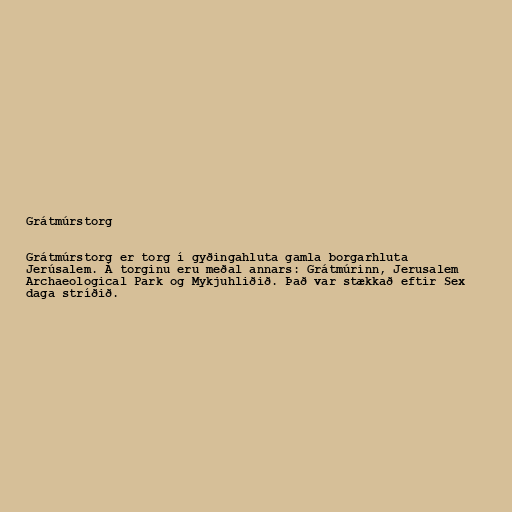
Grátmúrstorg

Grátmúrstorg er torg í gyðingahluta gamla borgarhluta
Jerúsalem. Á torginu eru meðal annars: Grátmúrinn, Jerusalem
Archaeological Park og Mykjuhliðið. Það var stækkað eftir Sex
daga stríðið.